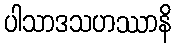
ပါသာဒသဟဿာနိ